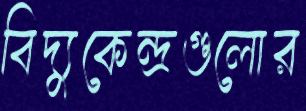
বিদ্যুকেন্দ্রগুলোর